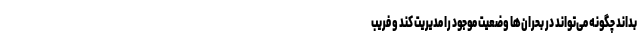
بداند چگونه می‌تواند در بحران‌ها وضعیت موجود را مدیریت کند و فریب